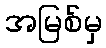
အမြစ်မှ